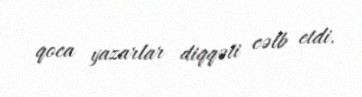
qoca yazarlar diqqəti cəlb etdi.